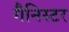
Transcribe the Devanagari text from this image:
गैनिस्टर